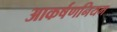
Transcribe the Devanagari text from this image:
आकर्षणनियम